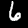
Label: 6